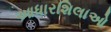
આધારશિલાઓ